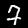
Digit: 7